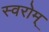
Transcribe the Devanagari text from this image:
स्वरोम्